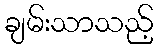
ချမ်းသာသည့်